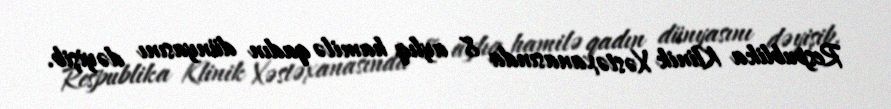
Respublika Klinik Xəstəxanasında 8 aylıq hamilə qadın dünyasını dəyişib.